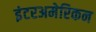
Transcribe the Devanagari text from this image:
इंटरअमेरिकन